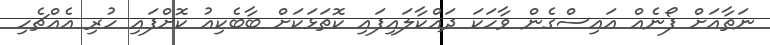
ނަތާއަށް ފޯނެއް އައިސްގެން ވާހަކަ ދައްކާލައިފައި ކޮތަޅަކަށް ބާބެކިއު ކޮށްފައި ހުރި އެއްޗެހި